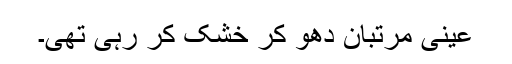
عینی مرتبان دھو کر خشک کر رہی تھی۔